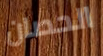
الحصان